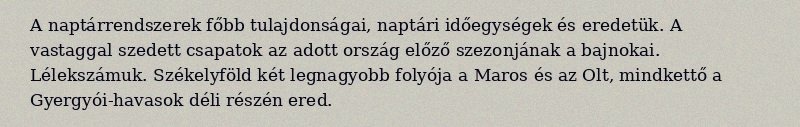
A naptárrendszerek főbb tulajdonságai, naptári időegységek és eredetük. A vastaggal szedett csapatok az adott ország előző szezonjának a bajnokai. Lélekszámuk. Székelyföld két legnagyobb folyója a Maros és az Olt, mindkettő a Gyergyói-havasok déli részén ered.